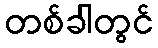
တစ်ခါတွင်